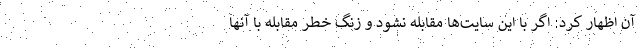
آن اظهار کرد: اگر با این سایت‌ها مقابله نشود و زنگ خطر مقابله با آنها